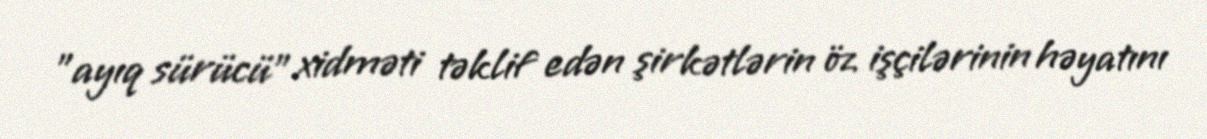
”ayıq sürücü" xidməti təklif edən şirkətlərin öz işçilərinin həyatını